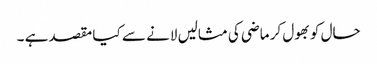
حال کو بھول کر ماضی کی مثالیں لانے سے کیا مقصد ہے ۔